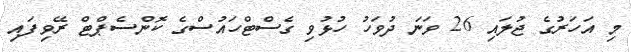
މި އަހަރުގެ ޖުލައި 26 ވަނަ ދުވަހު ހުޅުވި ގެސްޓްހައުސްގެ ކޮންސެޕްޓް ރޭވިފައި